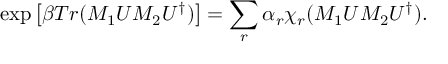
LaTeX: \exp \left[ \beta T r ( M _ { 1 } U M _ { 2 } U ^ { \dagger } ) \right] = \sum _ { r } \alpha _ { r } \chi _ { r } ( M _ { 1 } U M _ { 2 } U ^ { \dagger } ) .